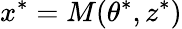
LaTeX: x^{*}=M(\theta^{*},z^{*})